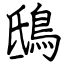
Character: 鴟